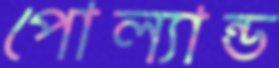
পোল্যান্ড